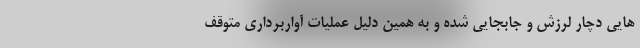
هایی دچار لرزش و جابجایی شده و به همین دلیل عملیات آواربرداری متوقف